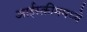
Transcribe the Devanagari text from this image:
आईस्क्रीममध्ये